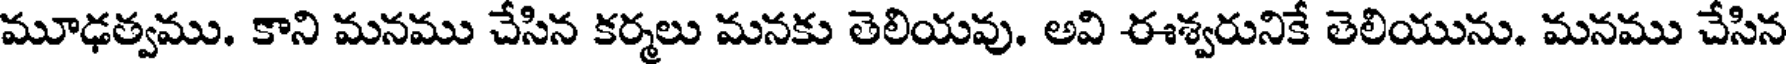
మూఢత్వము. కాని మనము చేసిన కర్మలు మనకు తెలియవు. అవి ఈశ్వరునికే తెలియును. మనము చేసిన